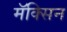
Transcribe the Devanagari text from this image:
मॅक्सिन